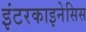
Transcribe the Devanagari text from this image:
इंटरकाइनेसिस